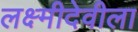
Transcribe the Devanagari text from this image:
लक्ष्मीदेवीला